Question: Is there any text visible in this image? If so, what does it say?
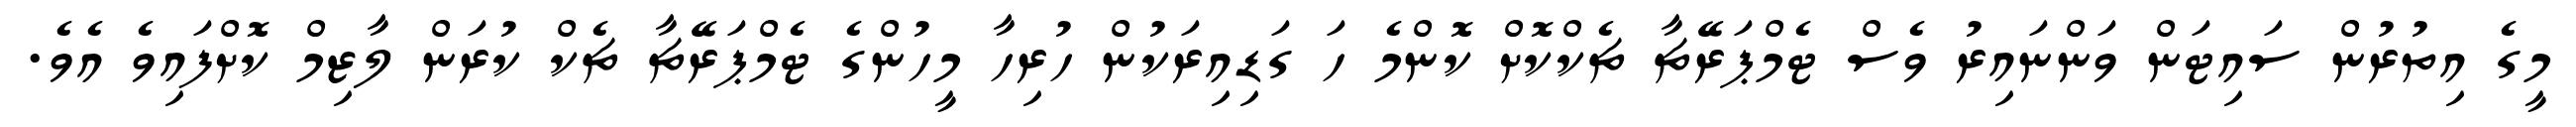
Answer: މީގެ އިތުރުން ސައިޓަން ވަންނައިރު ވެސް ޓެމްޕަރޭޗާ ޗެކްކޮށް ކޮންމެ ހަ ގަޑިއިރަކުން ހުރިހާ މީހުންގެ ޓެމްޕަރޭޗާ ޗެކް ކުރަން ލާޒިމް ކޮށްފައިވެ އެވެ.